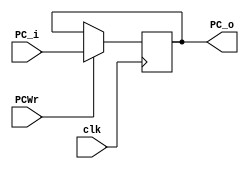
module PC(clk, PCWr, PC_i, PC_o);
	input clk;
	input PCWr;
	input [31:0] PC_i;
	output reg [31:0] PC_o;
	
	initial
		begin
		PC_o <= 32'h0000_3000; 
		end
	
	always@(posedge clk)
		begin
		if(PCWr)
			begin
			PC_o <= PC_i;
			end
		end
endmodule